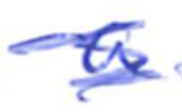
Text: a
Cross-out: scratch
Writing tool: ballpoint